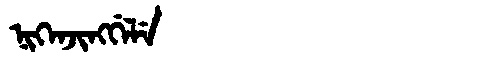
Manchu: ᠨᡳᡴᡝᠨᠵᡳᠩᡤᡝᠯᡝ
Romanization: NIKENJINGGELE